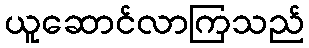
ယူဆောင်လာကြသည်